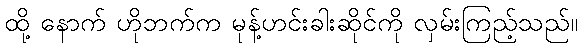
ထို့ နောက် ဟိုဘက်က မုန့်ဟင်းခါးဆိုင်ကို လှမ်းကြည့်သည်။